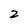
Character: 2